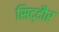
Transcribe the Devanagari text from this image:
सिद्दौर